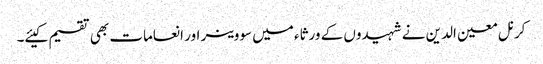
کرنل معین الدین نے شہیدوں کے ورثاء میں سووینر اور انعامات بھی تقسیم کیئے۔